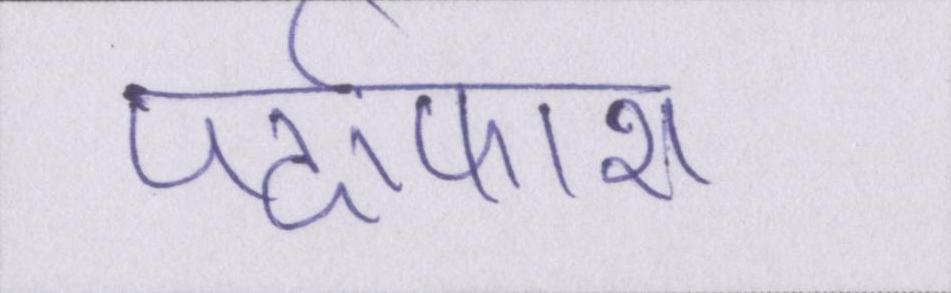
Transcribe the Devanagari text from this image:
पर्दाफाश